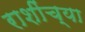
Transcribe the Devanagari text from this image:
राशींच्या